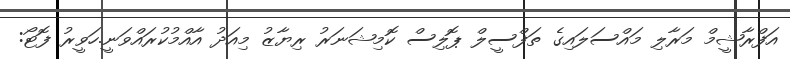
އަފްރާޝީމް މަރާލި މައްސަލައިގެ ތަފްސީލް ޕޮލިސް ކޮމިޝަނަރު ރިޔާޒު މިއަދު އާއްމުކުރައްވަނީ.ހަވީރު ފޮޓޯ: